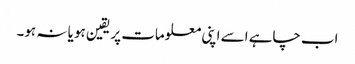
اب چاہے اسے اپنی معلومات پر یقین ہو یا نہ ہو۔